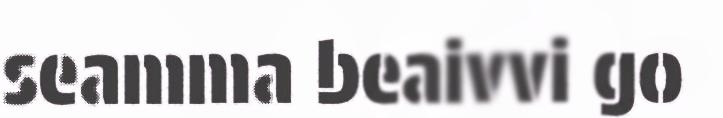
seamma beaivvi go